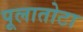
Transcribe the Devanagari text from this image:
पूलातोटा